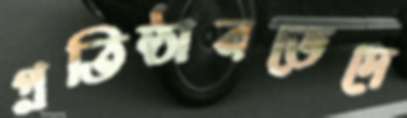
প্রতিষ্ঠানভেদে